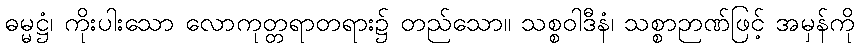
ဓမ္မဋ္ဌံ၊ ကိုးပါးသော လောကုတ္တရာတရား၌ တည်သော။ သစ္စဝါဒီနံ၊ သစ္စာဉာဏ်ဖြင့် အမှန်ကို